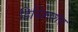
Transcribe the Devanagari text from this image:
डिस्क्रिप्शंस